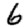
Digit: 6